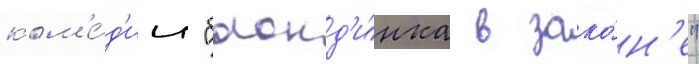
ком'е́д'ии "блонд'и́нка в зако́н'е"